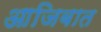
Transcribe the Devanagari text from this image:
आजिबात